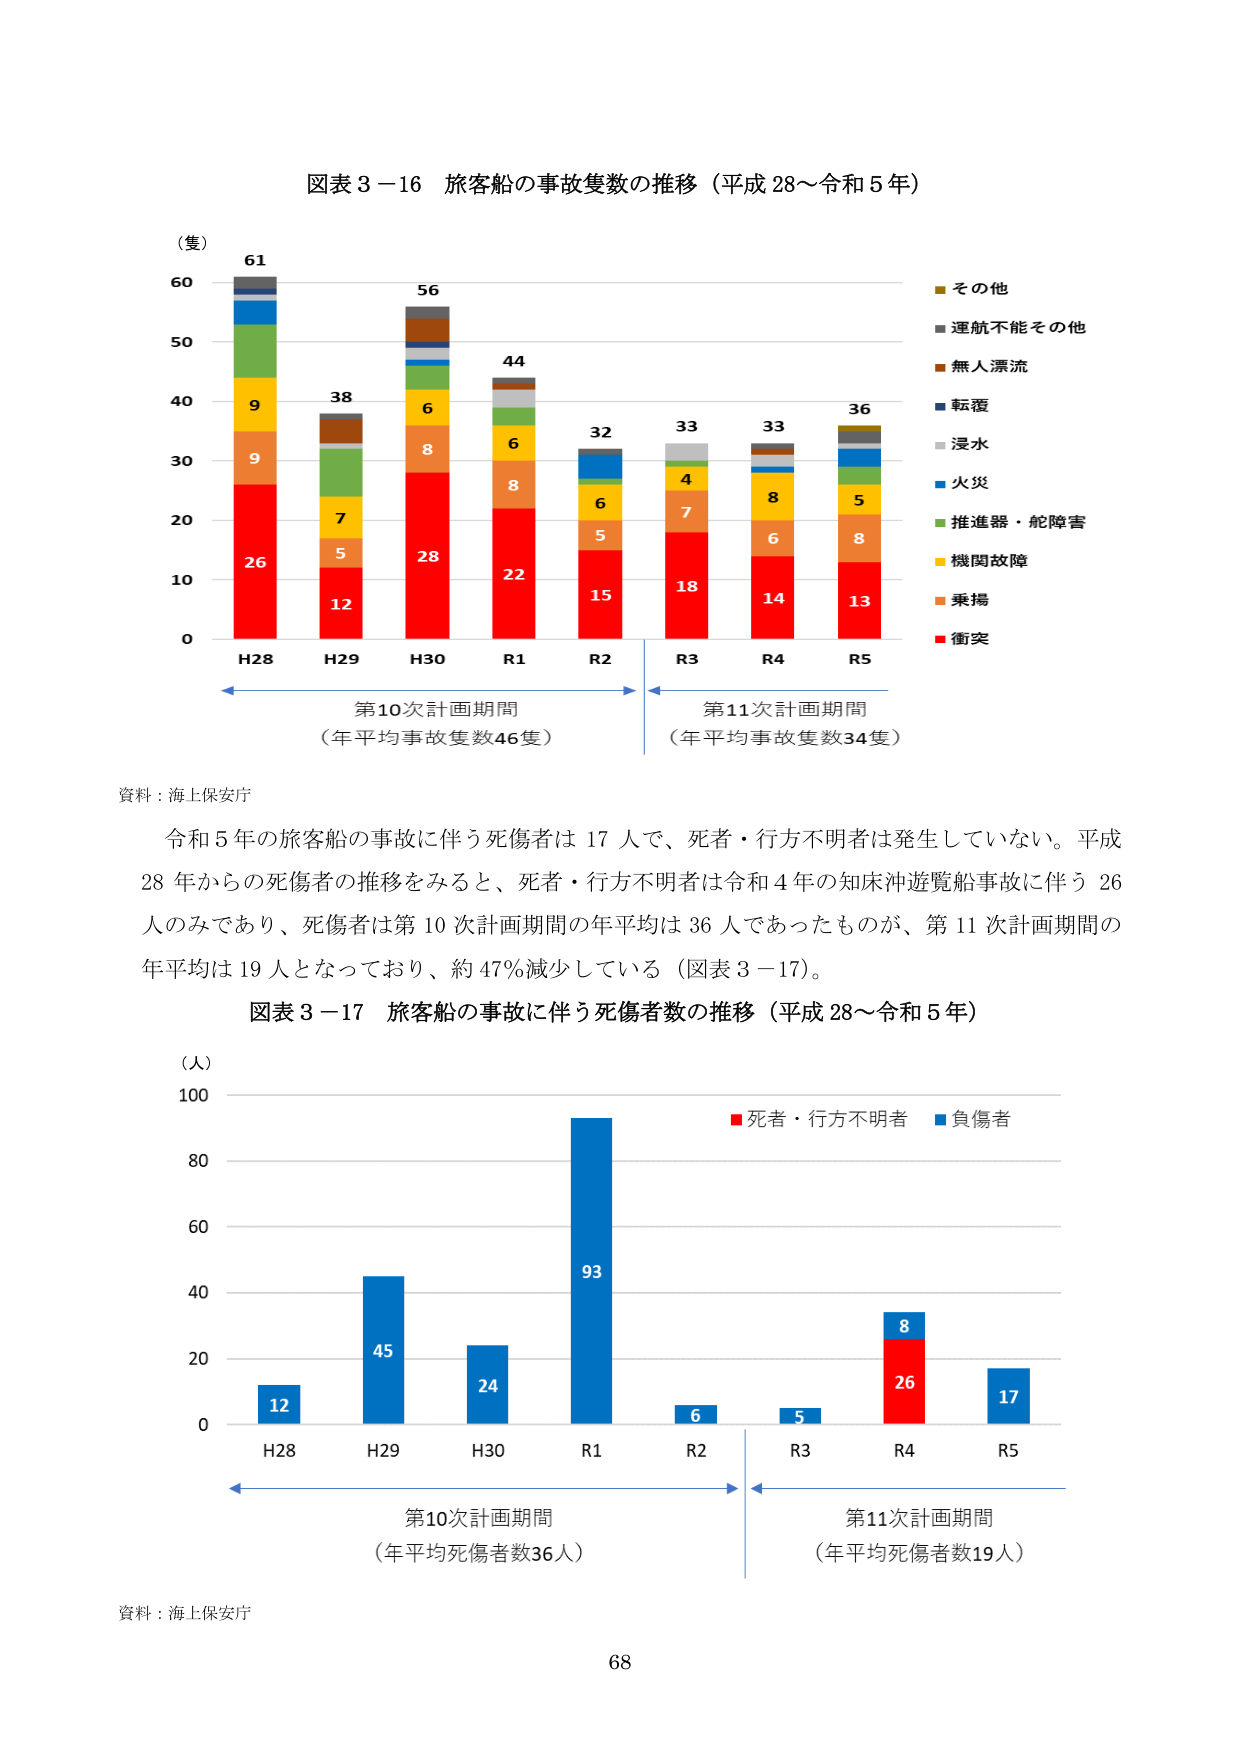
図表３－16 旅客船の事故隻数の推移（平成28～令和5年）

（隻）
61
60
56
50
44
40
38
32
33
33
36
30
9
6
6
9
8
8
5
7
5
26
28
22
15
18
14
13
10
12
0
H28 H29 H30 R1 R2 R3 R4 R5

■その他
■運航不能その他
■無人漂流
■転覆
■浸水
■火災
■推進器・舵障害
■機関故障
■乗揚
■衝突

第10次計画期間
（年平均事故隻数46隻）

第11次計画期間
（年平均事故隻数34隻）

資料：海上保安庁

令和5年の旅客船の事故に伴う死傷者は17人で、死者・行方不明者は発生していない。平成28年からの死傷者の推移をみると、死者・行方不明者は令和4年の知床沖遊覧船事故に伴う26人のみであり、死傷者は第10次計画期間の年平均は36人であったものが、第11次計画期間の年平均は19人となっており、約47％減少している（図表3－17）。

図表3－17 旅客船の事故に伴う死傷者数の推移（平成28～令和5年）

（人）
100
80
60
40
20
0
12
45
24
93
6
5
8
26
17
H28 H29 H30 R1 R2 R3 R4 R5

■死者・行方不明者 ■負傷者

第10次計画期間
（年平均死傷者数36人）

第11次計画期間
（年平均死傷者数19人）

資料：海上保安庁

68